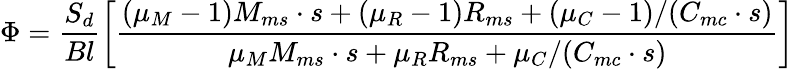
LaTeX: \Phi=\frac{S_{d}}{Bl}\left[\frac{(\mu_{M}-1)M_{ms}\cdot s+(\mu_{R}-1)R_{ms}+(\mu_{C}-1)/(C_{mc}\cdot s)}{\mu_{M}M_{ms}\cdot s+\mu_{R}R_{ms}+\mu_{C}/(C_{mc}\cdot s)}\right]